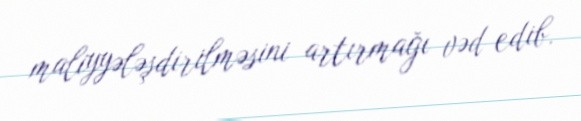
maliyyələşdirilməsini artırmağı vəd edib.